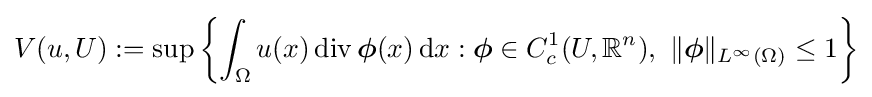
V(u,U):=\sup \left\{\int _{\Omega }u(x)\operatorname {div} {\boldsymbol {\phi }}(x)\,\mathrm {d} x:{\boldsymbol {\phi }}\in C_{c}^{1}(U,\mathbb {R} ^{n}),\ \Vert {\boldsymbol {\phi }}\Vert _{L^{\infty }(\Omega )}\leq 1\right\}